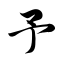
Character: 予